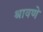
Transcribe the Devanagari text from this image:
श्रावणे